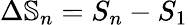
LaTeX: \Delta\mathbb{S}_{n}=S_{n}-S_{1}